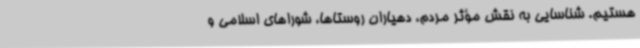
هستیم. شناسایی به نقش مؤثر مردم، دهیاران روستاها، شوراهای اسلامی و